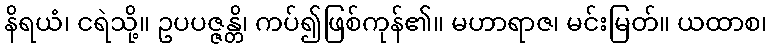
နိရယံ၊ ငရဲသို့။ ဥပပဇ္ဇန္တိ၊ ကပ်၍ဖြစ်ကုန်၏။ မဟာရာဇ၊ မင်းမြတ်။ ယထာစ၊